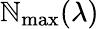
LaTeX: \mathbb{N}_{\mathrm{{max}}}(\lambda)